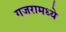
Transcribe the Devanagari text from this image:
गजरामध्ये